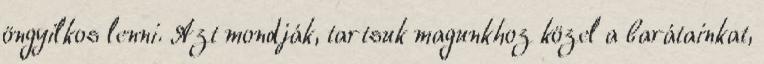
öngyilkos lenni. Azt mondják, tartsuk magunkhoz közel a barátainkat,